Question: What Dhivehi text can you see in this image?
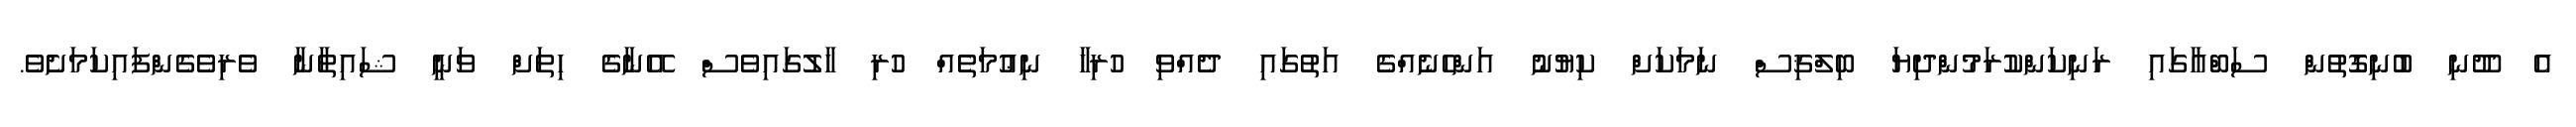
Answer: އެ ދޫނި ބުނިގޮތުން ސަބްއާގައި ރަނިކަންކުރަމުންދިޔަ ބިލްޤިސް ނަމަކަށް ކިޔުނު އަންހެނެއްގެ އަތުގައި ދެއްވި ހުރިހާ ނިޢުމަތެއް ހުރި ހާލުގައިވެސް އޭނާގެ ހިތަށް ވަނީ ޝައިޠާނާ ވެރިވެގެންފައިކަމަށެވެ.